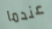
عندما